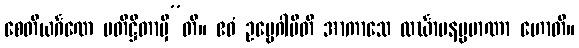
စေတိယင်္ဂဏေ ပတိဋ္ဌိတာမှီ”တိ။ ဧဝံ ဥဗ္ဗေဂါပီတိ အာကာသေ လင်္ဃာပနပ္ပမာဏာ ဟောတိ။